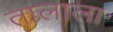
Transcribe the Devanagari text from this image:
तालाला